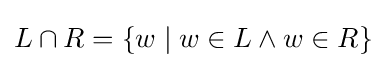
L\cap R=\{w\mid w\in L\land w\in R\}